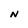
Character: N